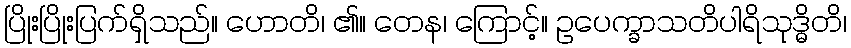
ပြိုးပြိုးပြက်ရှိသည်။ ဟောတိ၊ ၏။ တေန၊ ကြောင့်။ ဥပေက္ခာသတိပါရိသုဒ္ဓိတိ၊